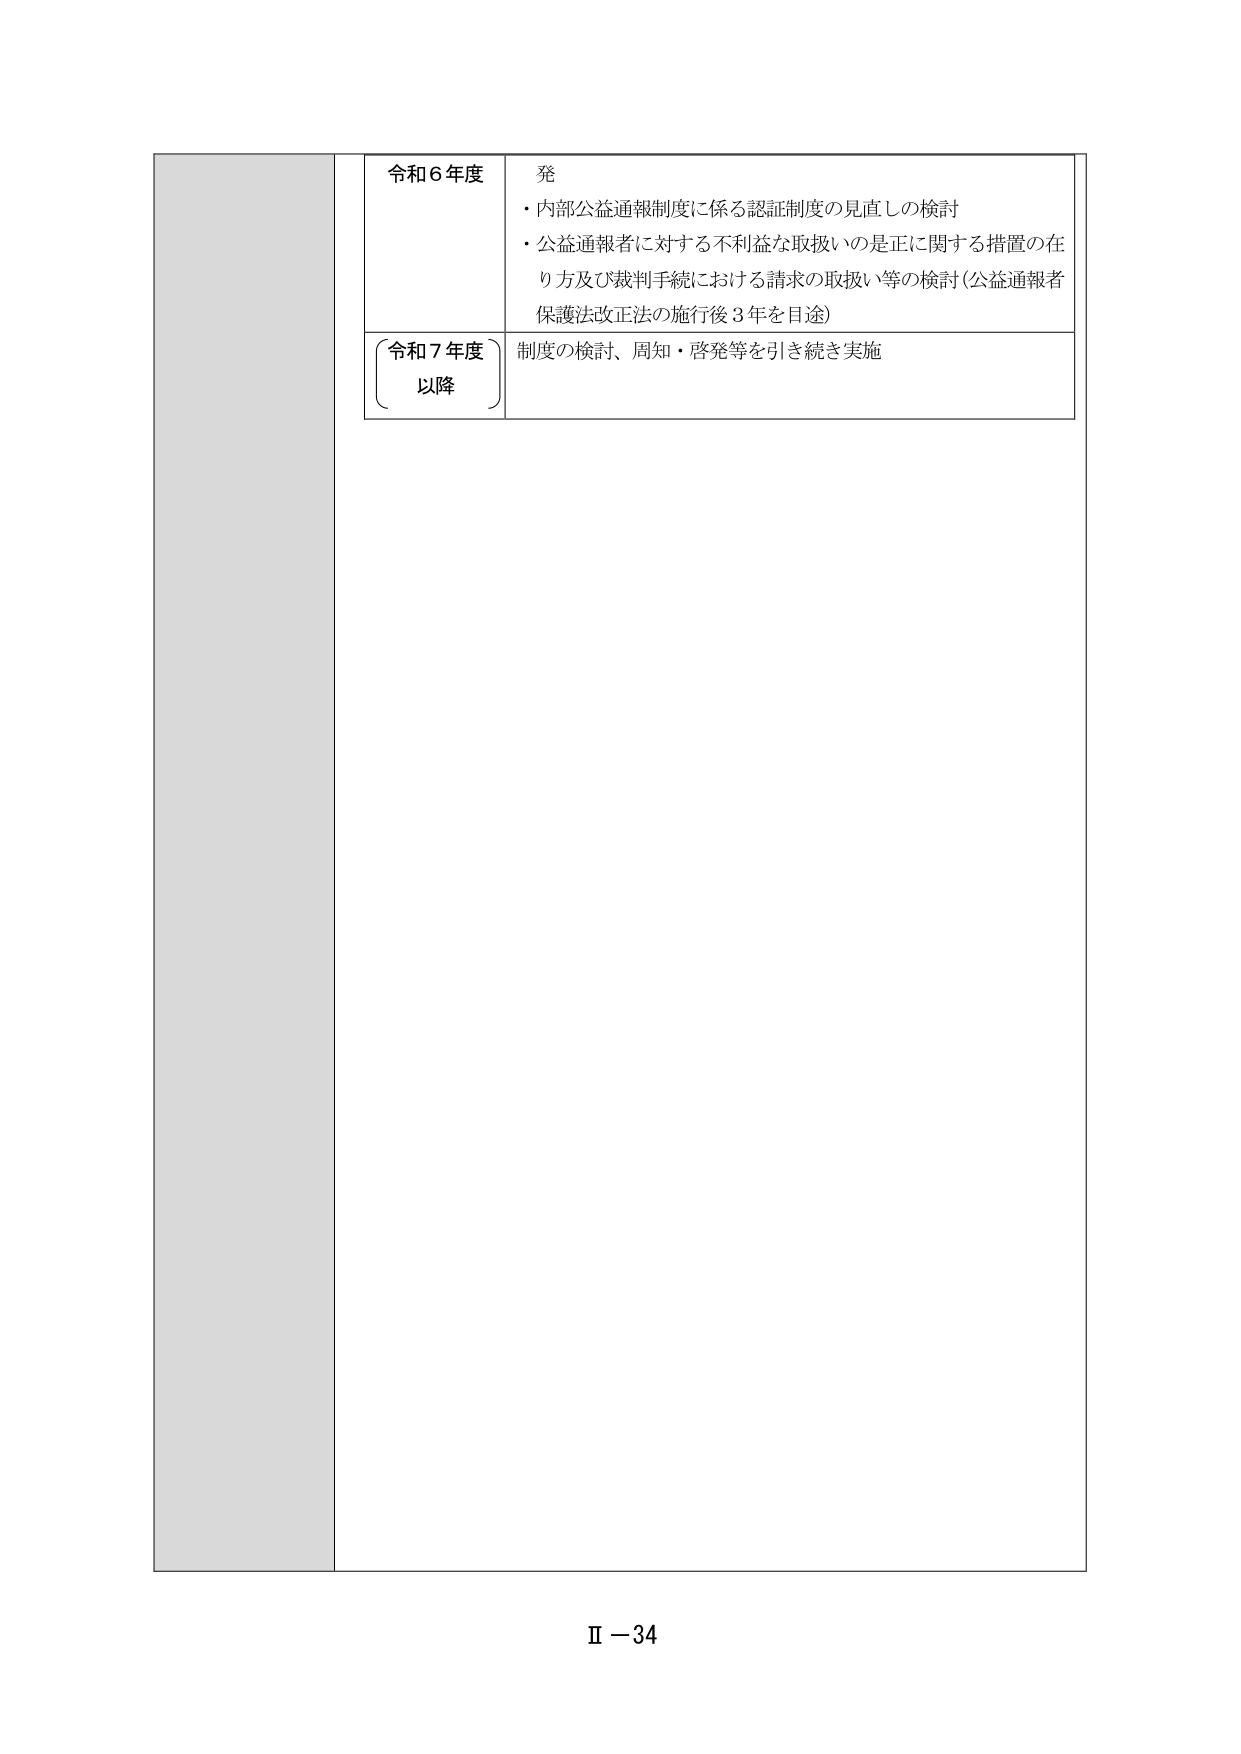
令和６年度
発
・内部公益通報制度に係る認証制度の見直しの検討
・公益通報者に対する不利益な取扱いの是正に関する措置の在
り方及び裁判手続における請求の取扱い等の検討（公益通報者
保護法改正法の施行後３年を目途）
令和７年度
以降
制度の検討、周知・啓発等を引き続き実施
Ⅱ－34